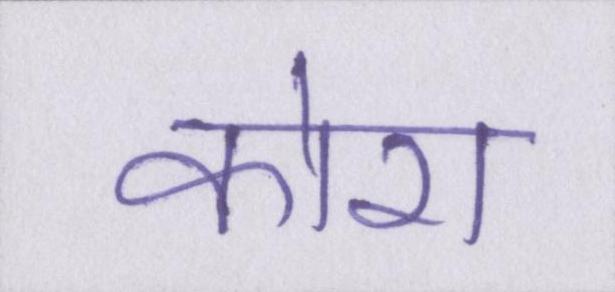
कोरा